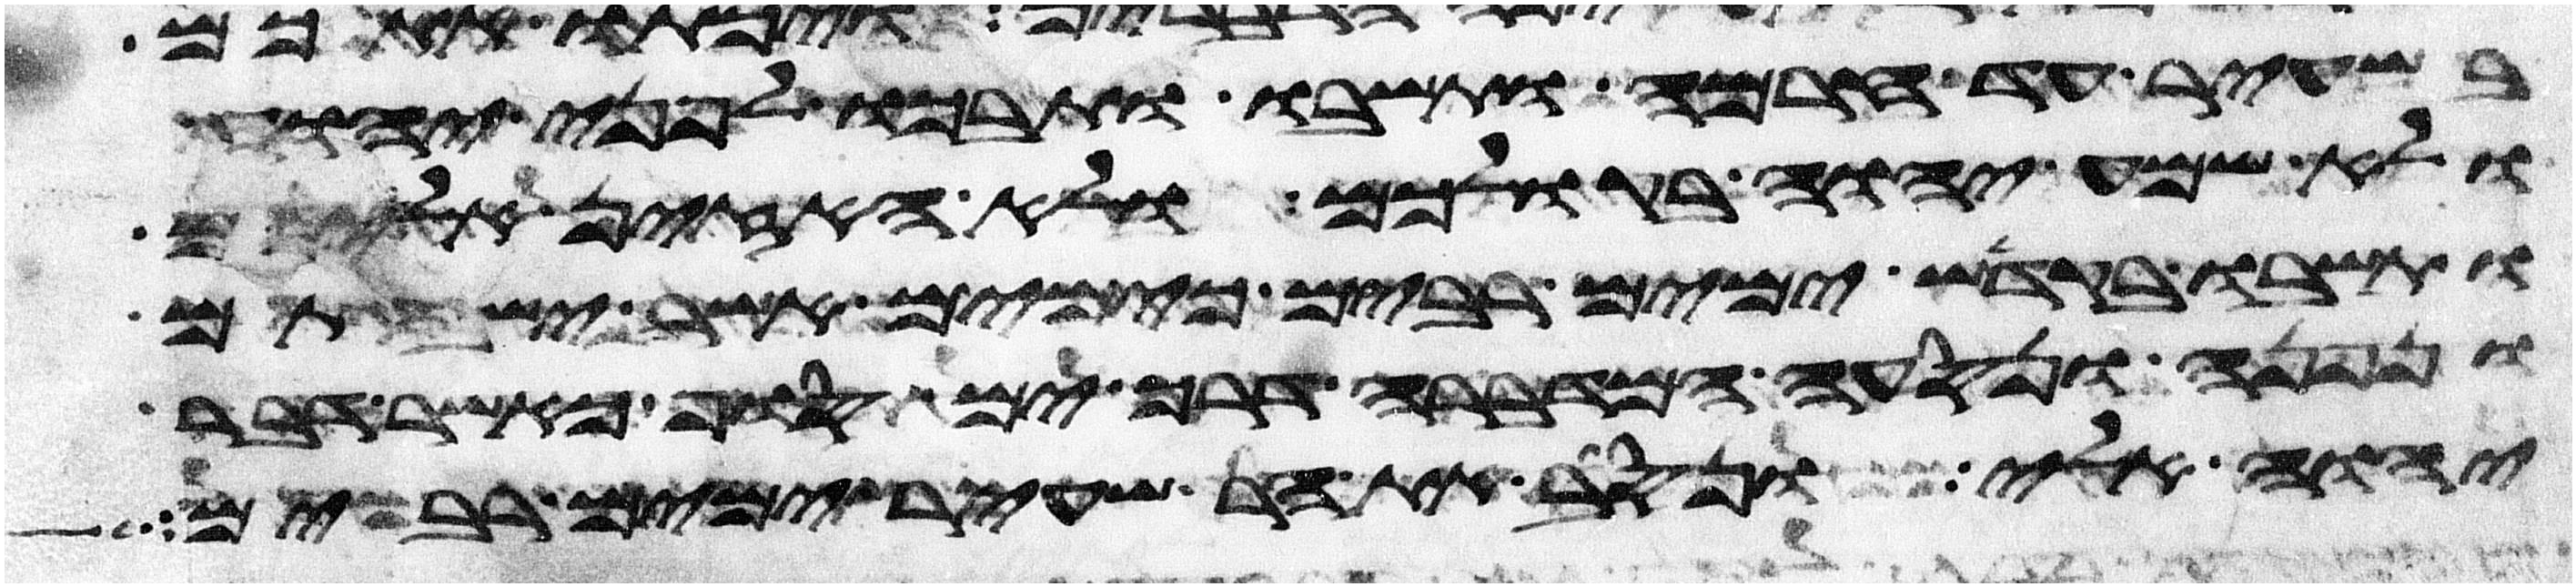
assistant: בשעיר עד חרמה ותשבו ותבכו לפני יהוה
ולא שמע יהוה בקולכם ולא האזין אליכם
ותשבו בקדש ימים רבים כימים אשר ישבתם
ונפנה ונסעה המדברה דרך ים סוף כאשר דבר
יהוה אלי ונסב את הר שעיר ימים רבים